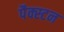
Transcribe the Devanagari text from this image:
पैक्स्टन